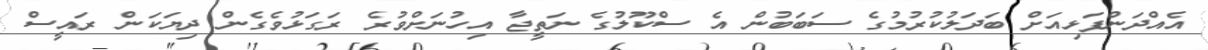
އެއްދަންފަޅިއަށް ބަދަލުކުރުމުގެ ސަބަބުން އެ ސްކޫލުގެ ނަތީޖާ އިހުނަށްވުރެ ރަގަޅުވެގެން ދިޔަކަން ރައީސް